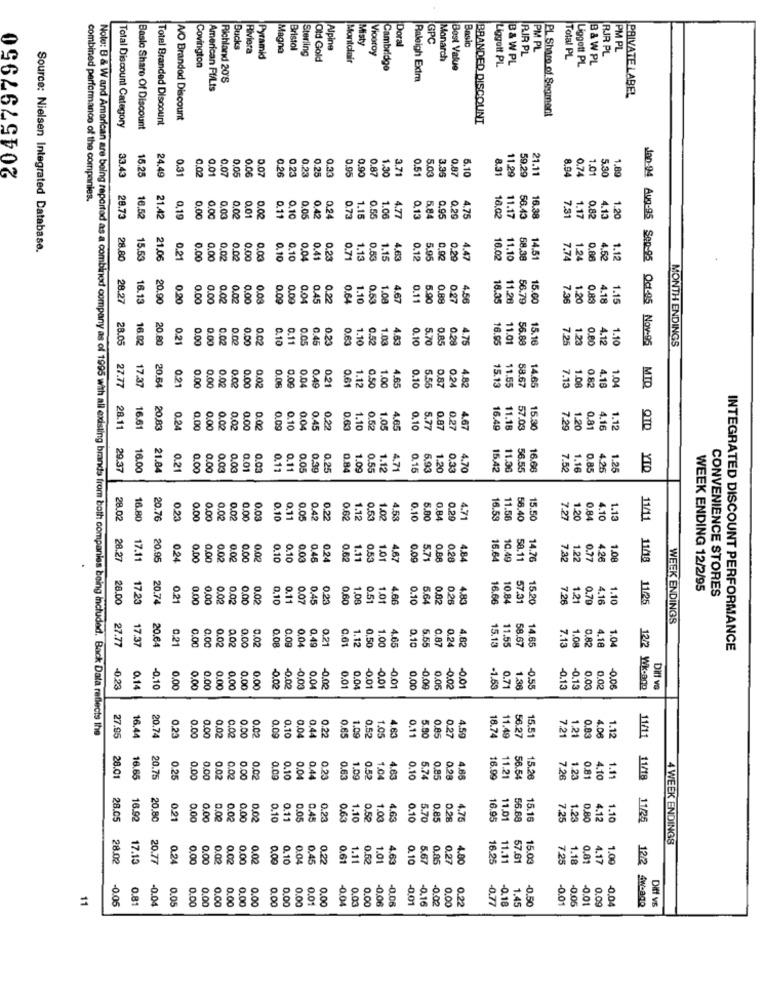
2045797950
GPC
Basic
Bucks
Riviera
Magna
Bristol
Sterling
Alpine
Misty
Doral
PM PL
RIR PL
PM PL
Pyramid
Old Gold
Montclair
Viceroy
Monarch
B& W PL
RIR PL
Total PL
B & WPL
Covington
Cambridge
Best Value
Liggutt PL
Liggett PL
Richland 20'S
Raleigh Extra
American Ff/Lts
PRIVATE LABEL
PL Share of Segment
Total Branded Discount
W/O Branded Discount
BRANDED DISCOUNT
Total Discount Category
Baslo Share Of Discount
16.25
0.31
0.01
0.06
0.07
0.26
0.21
0.23
0.25
0,33
0.95
0.90
0.87
1.30
3.71
0.51
5.03
0.87
5.10
8.31
11.29
59.29
21.11
8.04
1.01
1,89
33.43
24.49
0,02
0.07
0,05
0.74
5.30
combined performance of the companies.
0.00
0.11
4.75
16.38
7.31
0.82
28.73
16.52
21.42
0,19
0.00
0.03
0.00
0,01
0.02
0.10
0.05
0.42
0.24
0.73
1.15
0.55
1.00
4.77
0.13
5.84
0,95
0.29
11.17
56.43
1.17
4.13
1.20
Source: Nielsen Integrated Database.
28.80
15.53
21.06
0.21
0.00
0.00
0,02
0.00
0.00
0.03
0.10
0.10
0,04
0.41
0.23
0.71
1.13
0.53
1.15
4,63
0.12
5.95
0.92
0.20
4.47
16.02
1.10
58.38
7.74
1.24
4.62
1.12
28.27
16.13
20.90
0.20
0.00
0.00
0.02
0.02
0.00
0.03
0.09
0.00
0.04
0.45
0.22
0.64
1.10
0.53
1.08
4.67
0.11
5.90
0.88
0.27
4.56
18.35
11.28
56.79
15.00
7.36
1.20
0.83
4.18
1.15
8
28.05
0.21
0.00
0.00
0.02
0.02
0.00
0.02
0.10
0.11
0.05
0.45
0.23
0.63
1.10
0.52
1.03
4.63
0.10
5.70
0.85
0.28
4.75
11.01
56.88
15.16
7.25
1.23
0.80
4.12
1.10
Jan-94 Aug-95 Sep-05 Oct-05 Nov:95
MONTH ENDINGS
17.37
0.21
0.00
0.02
0.00
0.02
0.06
0.00
0.04
0.21
0.61
1.12
0.50
1.00
4.65
0.10
5.55
0.24
4.82
58.67
14.65
1.04
27.77
0.00
0.49
0.87
11.55
7.13
1.08
0.82
4.18
MID
0.10
0.10
28.11
16.61
20.83
0.24
0,00
0.00
0.02
0.02
0.00
0.02
0.09
0.04
0.45
0.22
0.63
1.10
0.52
1.05
4.65
5.77
0.87
0.27
4.67
57.03
7.29
1.20
0.81
4.16
1.12
QTD
29.37
16.00
21.04
0.21
0.00
0.00
0.03
0.03
0.01
0.03
0.11
0.11
0.05
0.35
0.25
0.84
1.09
0.55
1.12
4.71
0.16
5.93
1.20
0.33
4.70
15,42
11.36
56.55
16.66
7.52
1.16
0.85
4.25
1.25
YIQ
&
0.11
0.42
28.02
16.80
20.76
0.23
0.00
0.00
0.02
0.02
0.00
0.03
0.10
0.0
0.62
1.12
0.53
1.02
4.53
0.10
5.00
0.84
0.29
4.71
16.59
7.27
1.20
0.84
4.10
1.13
11/11
28.27
17.11
20.95
0.24
0.00
0.00
0.02
0.02
0.00
0.00
0.10
0.10
0.03
0.45
0.24
0.62
1.11
0.53
1.01
4.67
0.09
5.71
0.88
0.28
4.84
16.64
10.49
58.11
7.32
1.22
0.77
4.28
1.00
11/18
WEEK ENDING 12/2/95
CONVENIENCE STORES
28.00
7.23
20.74
0.21
0.00
0,00
0.02
0.02
0.00
0.02
0,10
0.11
0.07
0.45
0.23
0,60
1.08
0.51
1.01
4.66
0.10
5.64
0.82
0.26
4.83
16.66
10.8
57.31
15.20
7.26
1.21
0.79
4.16
1.10
WEEK ENDINGS
27.77
17.37
0.21
0.00
0.02
0.02
0.0
0.09
0.49
0.21
0.61
1.12
0,50
1.00
4.65
2.10
5.55
0.87
0.24
4.82
4.65
0.82
4.16
1.04
0.00
0.02
0.00
0.04
11.55
7.13
1.08
INTEGRATED DISCOUNT PERFORMANCE
0.14
-0.02
-0,03
0.01
0.71
-0.1
-0.23
0.00
0.00
0.00
0.00
0,00
0.00
0.00
0.04
-0.02
0.04
-0.01
-0.01
0.00
0.05
-0.02
-0.01
-1.53
1.38
-0.55
-0.13
0.03
0.02
-0.06
12/2 Wk-ago
Diff va
Note: B & W and American are being reported as a combined company as of 1995 with all existing brands from both companies being included. Back Data reflects the
0.23
0.00
0.00
0.02
0.00
0.02
0.10
0,44
0.22
4.63
0.11
5.90
0.85
0.27
4.5g
15.51
7.21
1.21
0.03
4.06
1.12
7.95
0.02
0,09
0.04
0.65
1.09
0.52
1.05
18.74
11.49
56.27
11/11
020
11.2
28.01
16.65
0.25
0.00
0.00
0.02
0.02
0.00
0.02
0.09
0.10
0.04
0.44
0.23
0.63
1.09
0.52
1.04
4.63
0.10
5.74
4.88
16.99
56.54
15.26
7.26
1.23
0.81
4.10
1.11
11/18
28.05
16.92
0.21
0.00
0.00
0.02
0.02
0.00
0.00
0.10
0.11
0.05
0.45
0.23
0.63
1.10
0.52
1.00
4.63
0.10
5.70
0.85
4.76
11.01
15.16
7.25
1.23
0.80
4.12
1.10
11/25
4 WEEK ENDINGS
28.02
17.13
0.24
0.00
0.00
0.02
0.02
0.00
0.02
0.10
0.04
0.4
0.22
0.61
1.11
0.52
1.01
4.63
0.10
5.67
0.85
0.27
4.00
11.11
57.61
7.25
1.18
0.81
4.17
1.00
12/2
11
-0.05
0.81
-0.04
0.05
0.00
0.00
0.00
0.00
0.00
0.00
0.00
0,00
0.00
0.01
0.00
0.04
0.03
0.00
-0,06
-0.06
-0.01
-0.16
-0.02
0.00
0.22
-0.18
-0.50
-0.01
0.05
-0.01
0.09
-0,04
4w-amp
Ditt vs
-0.77
1.45